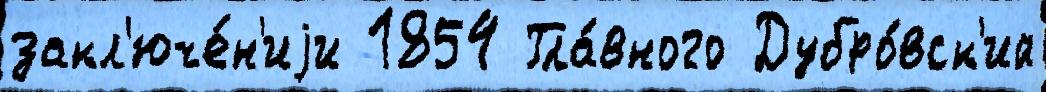
закл'юче́н'иjи 1854 Гла́вного Дубро́вск'ий